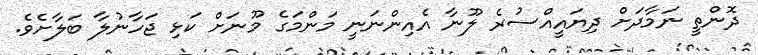
ދޮންތީ ނަމާދަށް ދިޔައީއްސުރެ ލޫނާ އެއިންނަނީ މަންމަގެ މޫނަށް ކަޅި ޖަހާނުލާ ބަލާށެވެ.